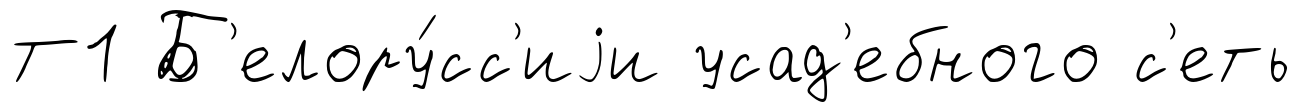
Т1 Б'елору́сс'иjи усад'ебного с'еть